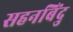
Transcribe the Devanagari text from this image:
सहनबिंदु